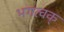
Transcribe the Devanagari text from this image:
भगत्वक्